Civil Veterinary Department. United Provinces 1932-42 - 1932-1942
Year: 1932
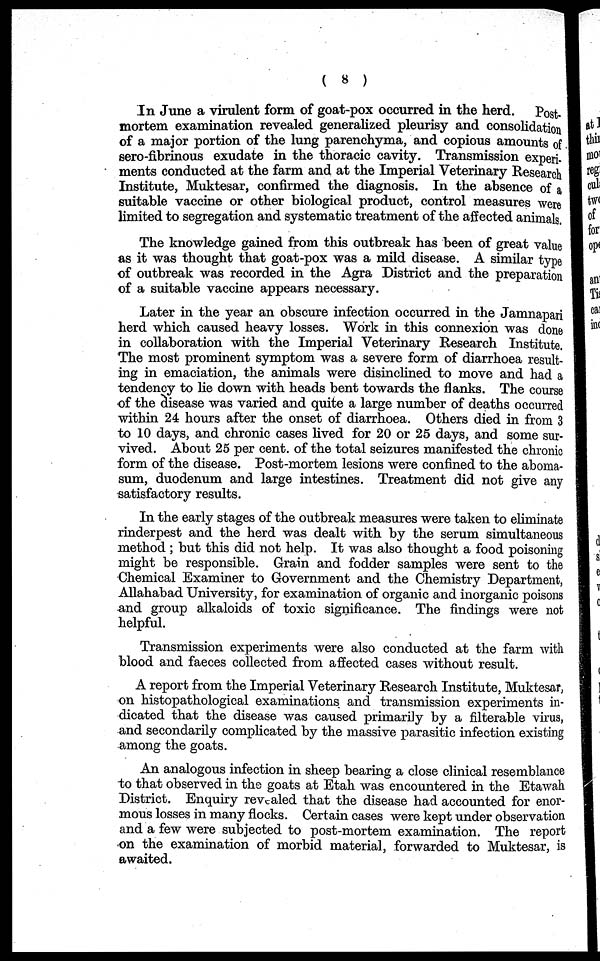
( 8 )
In June a virulent form of goat-pox occurred in the herd. Post-
mortem examination revealed generalized pleurisy and consolidation
of a major portion of the lung parenchyma, and copious amounts of
sero-fibrinous exudate in the thoracic cavity. Transmission experi-
ments conducted at the farm and at the Imperial Veterinary Research
Institute, Muktesar, confirmed the diagnosis. In the absence of a
suitable vaccine or other biological product, control measures were
limited to segregation and systematic treatment of the affected animals.
The knowledge gained from this outbreak has been of great value
as it was thought that goat-pox was a mild disease. A similar type
of outbreak was recorded in the Agra District and the preparation
of a suitable vaccine appears necessary.
Later in the year an obscure infection occurred in the Jamnapari
herd which caused heavy losses. Work in this connexion was done
in collaboration with the Imperial Veterinary Research Institute.
The most prominent symptom was a severe form of diarrhoea result-
ing in emaciation, the animals were disinclined to move and had a
tendency to lie down with heads bent towards the flanks. The course
of the disease was varied and quite a large number of deaths occurred
within 24 hours after the onset of diarrhoea. Others died in from 3
to 10 days, and chronic cases lived for 20 or 25 days, and some sur-
vived. About 25 per cent. of the total seizures manifested the chronic
form of the disease. Post-mortem lesions were confined to the aboma-
sum, duodenum and large intestines. Treatment did not give any
satisfactory results.
In the early stages of the outbreak measures were taken to eliminate
rinderpest and the herd was dealt with by the serum simultaneous
method; but this did not help. It was also thought a food poisoning
might be responsible. Grain and fodder samples were sent to the
Chemical Examiner to Government and the Chemistry Department,
Allahabad University, for examination of organic and inorganic poisons
and group alkaloids of toxic significance. The findings were not
helpful.
Transmission experiments were also conducted at the farm with
blood and faeces collected from affected cases without result.
A report from the Imperial Veterinary Research Institute, Muktesar,
on histopathological examinations and transmission experiments in-
dicated that the disease was caused primarily by a filterable virus,
and secondarily complicated by the massive parasitic infection existing
among the goats.
An analogous infection in sheep bearing a close clinical resemblance
to that observed in the goats at Etah was encountered in the Etawah
District. Enquiry revealed that the disease had accounted for enor-
mous losses in many flocks. Certain cases were kept under observation
and a few were subjected to post-mortem examination. The report
on the examination of morbid material, forwarded to Muktesar, is
awaited.